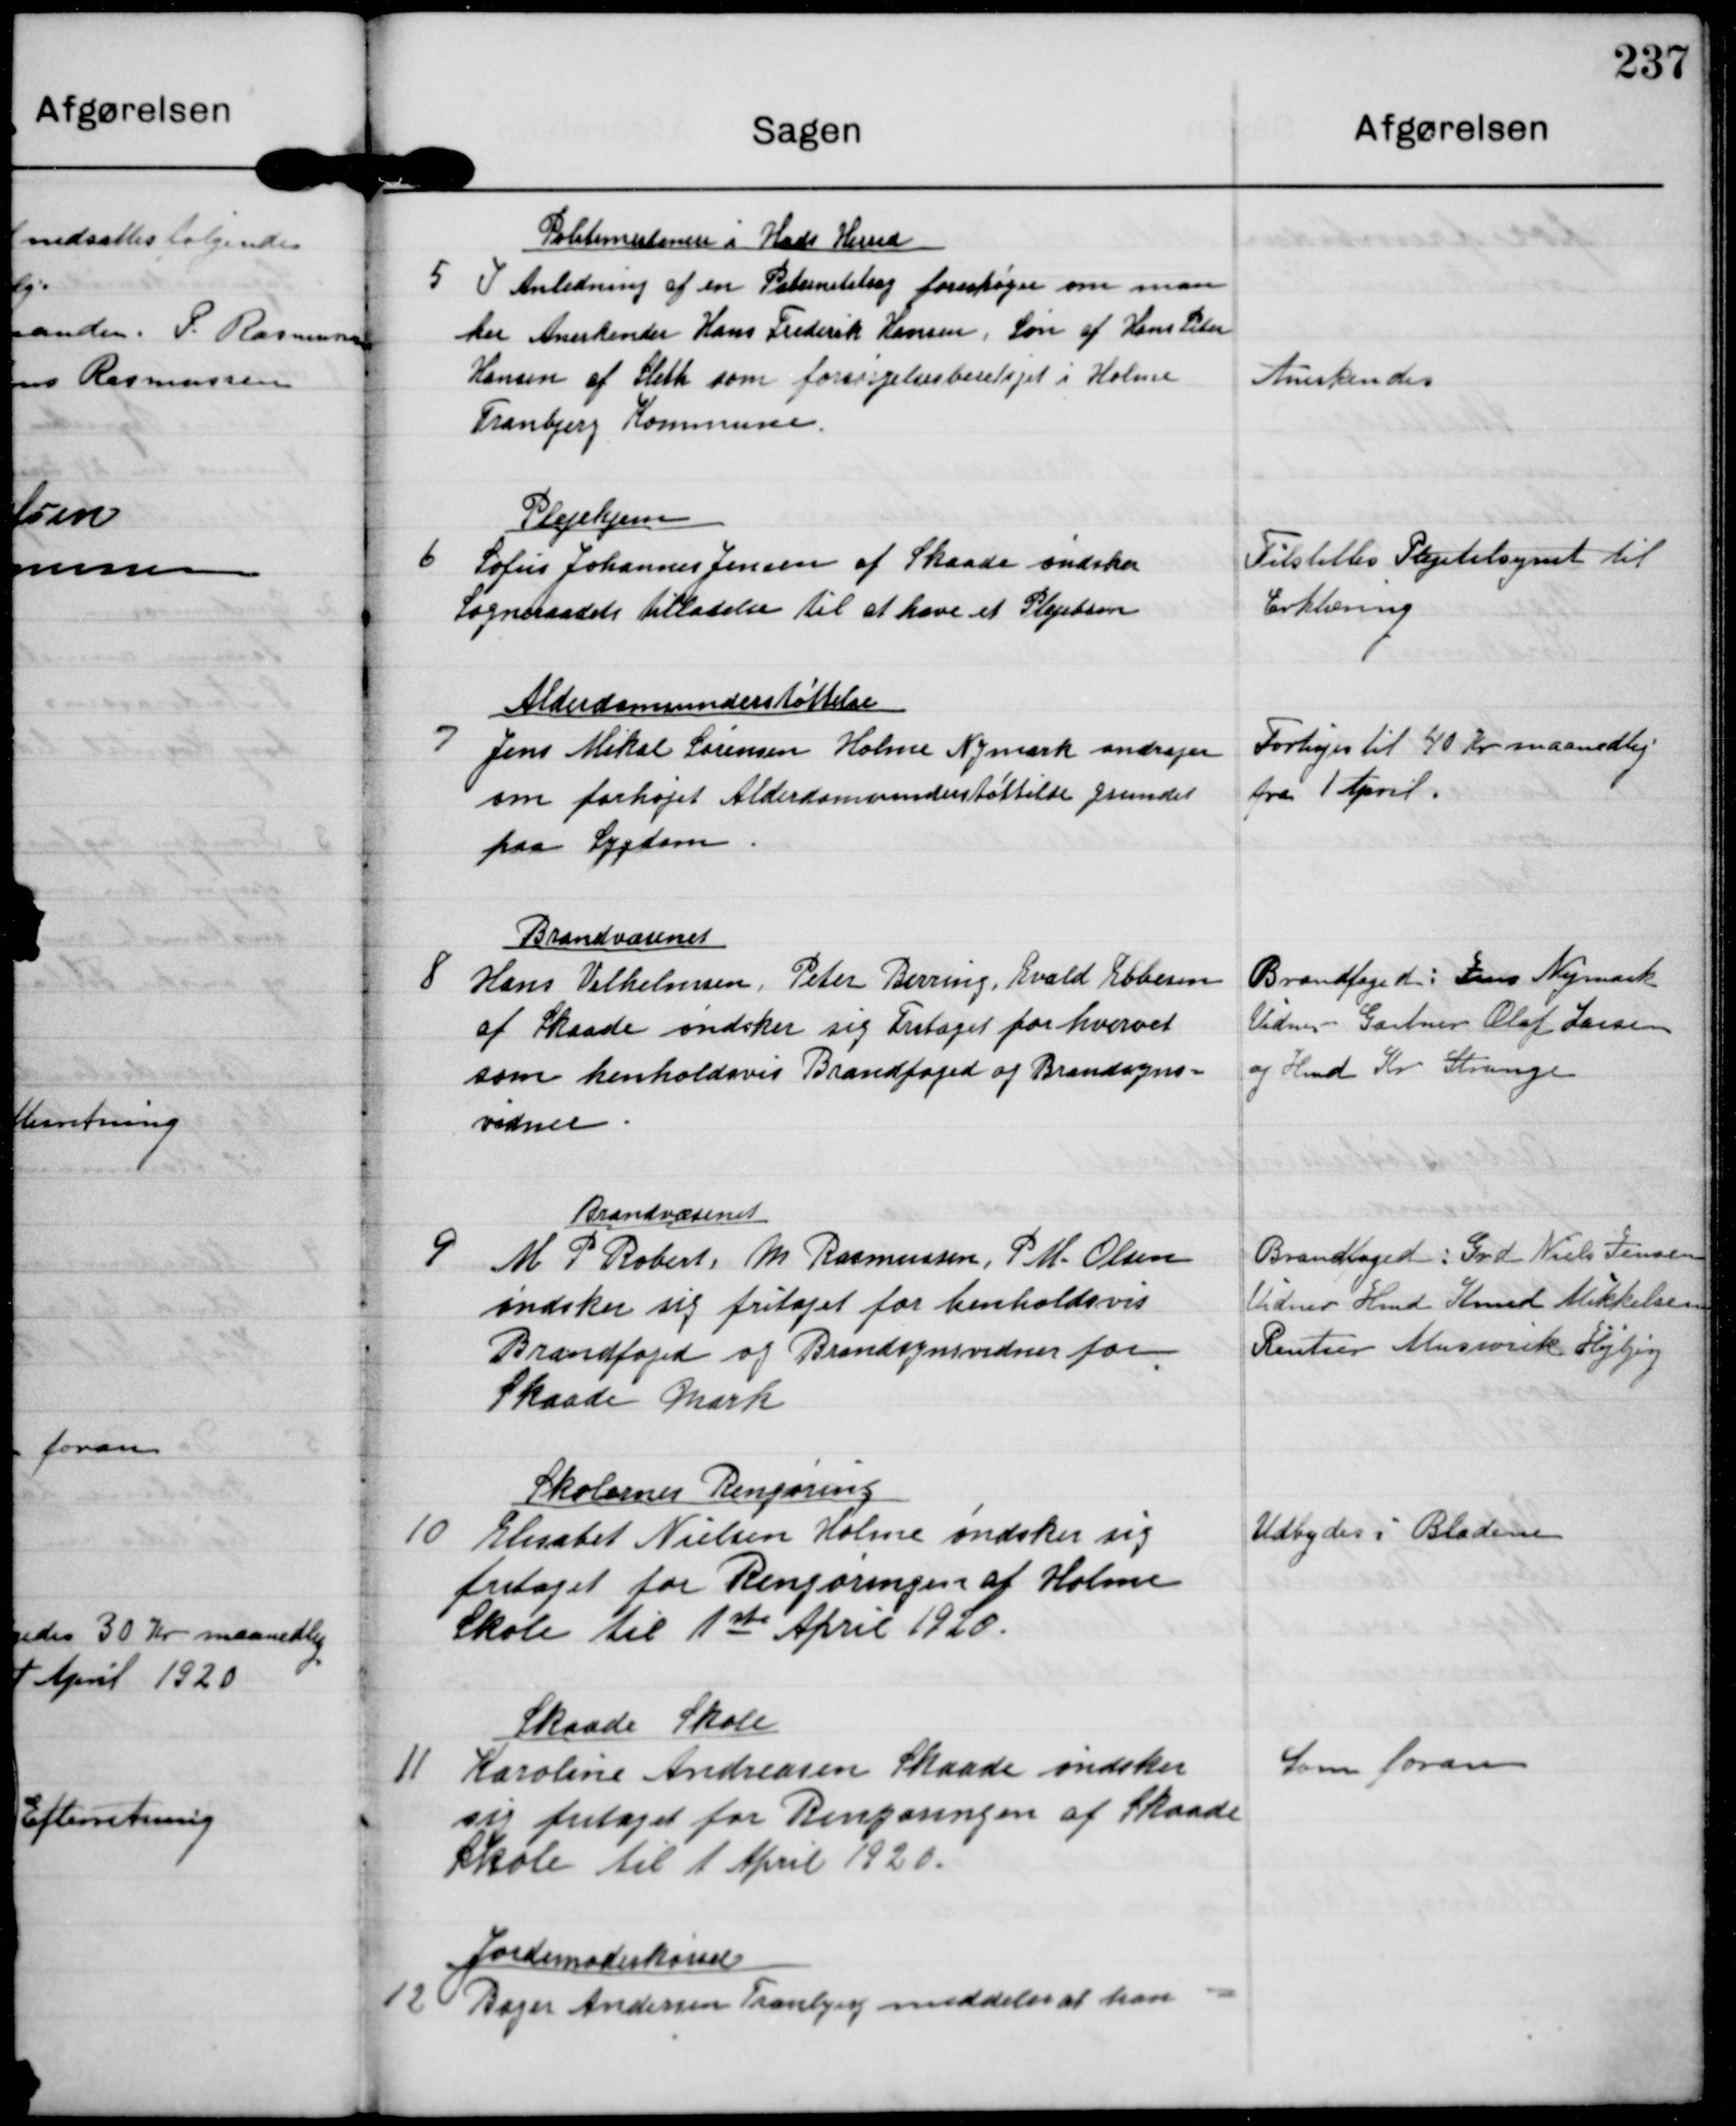
Transskription:
5

Politimesteren i Hads Herred
I Anledning af en Paternitetsag forespørges om man
her Anerkender Hans Frederik Hansen, Søn af Hans Peter
Hansen af Sleth som forsørgelsesberetiget i Holme
Tranbjerg Kommune.

Anerkendes

6

Plejehjem
Sofus Johannes Jensen af Skaade øndsker
Sogneraadets tilladelse til at have et Plejebarn

Tilstilles Plejetilsynet til
Erklæring

7

Alderdomsunderstøttelse
Jens Mikal Sørensen Holme Nymark andrager
om forhøjet Alderdomsunderstøttelse grundet
paa Sygdom

Forhøjes til 40 Kr maanedlig
fra 1 April.

8

Brandvæsenet
Hans Vilhelmen. Peter Berring Evald Ebbesen
af Skaade øndsker sig Frataget for hvervet
som henholdsvis Brandfoged og Brandsyns-
vidner.

Brandfoged Jens Nymark
Vidner Gartner Olaf Larsen
og Hmd Kr Strange

9

Brandvæsenet
M. P. Robert M. Rasmussen P M. Olsen
Øndsker sig fritaget for henholdsvis
Brandfoged af Brandsynsvidner for
Skaade Mark

Branfoged: Grd Niels Jensen
Vidner Hmd Knud Mikkelsen
Rentier Muswrik Højbjerg

10

Skolernes Rengøring
Elisabet Nielsen Holme øndsker sig
fritaget for Rengøringen af Holme
Skole til 1ste April 1920.

Udbydes i Bladene

11

Skaade Skole
Karoline Andreasen Skaade øndsker
sig frilaget for Rengøringen af Skaade
Skole til 1 April 1920.

Som foran

12

Jordemoderkørsel
Bager Andersen Tranbjerg meddeler at han